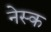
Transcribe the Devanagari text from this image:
नेस्क